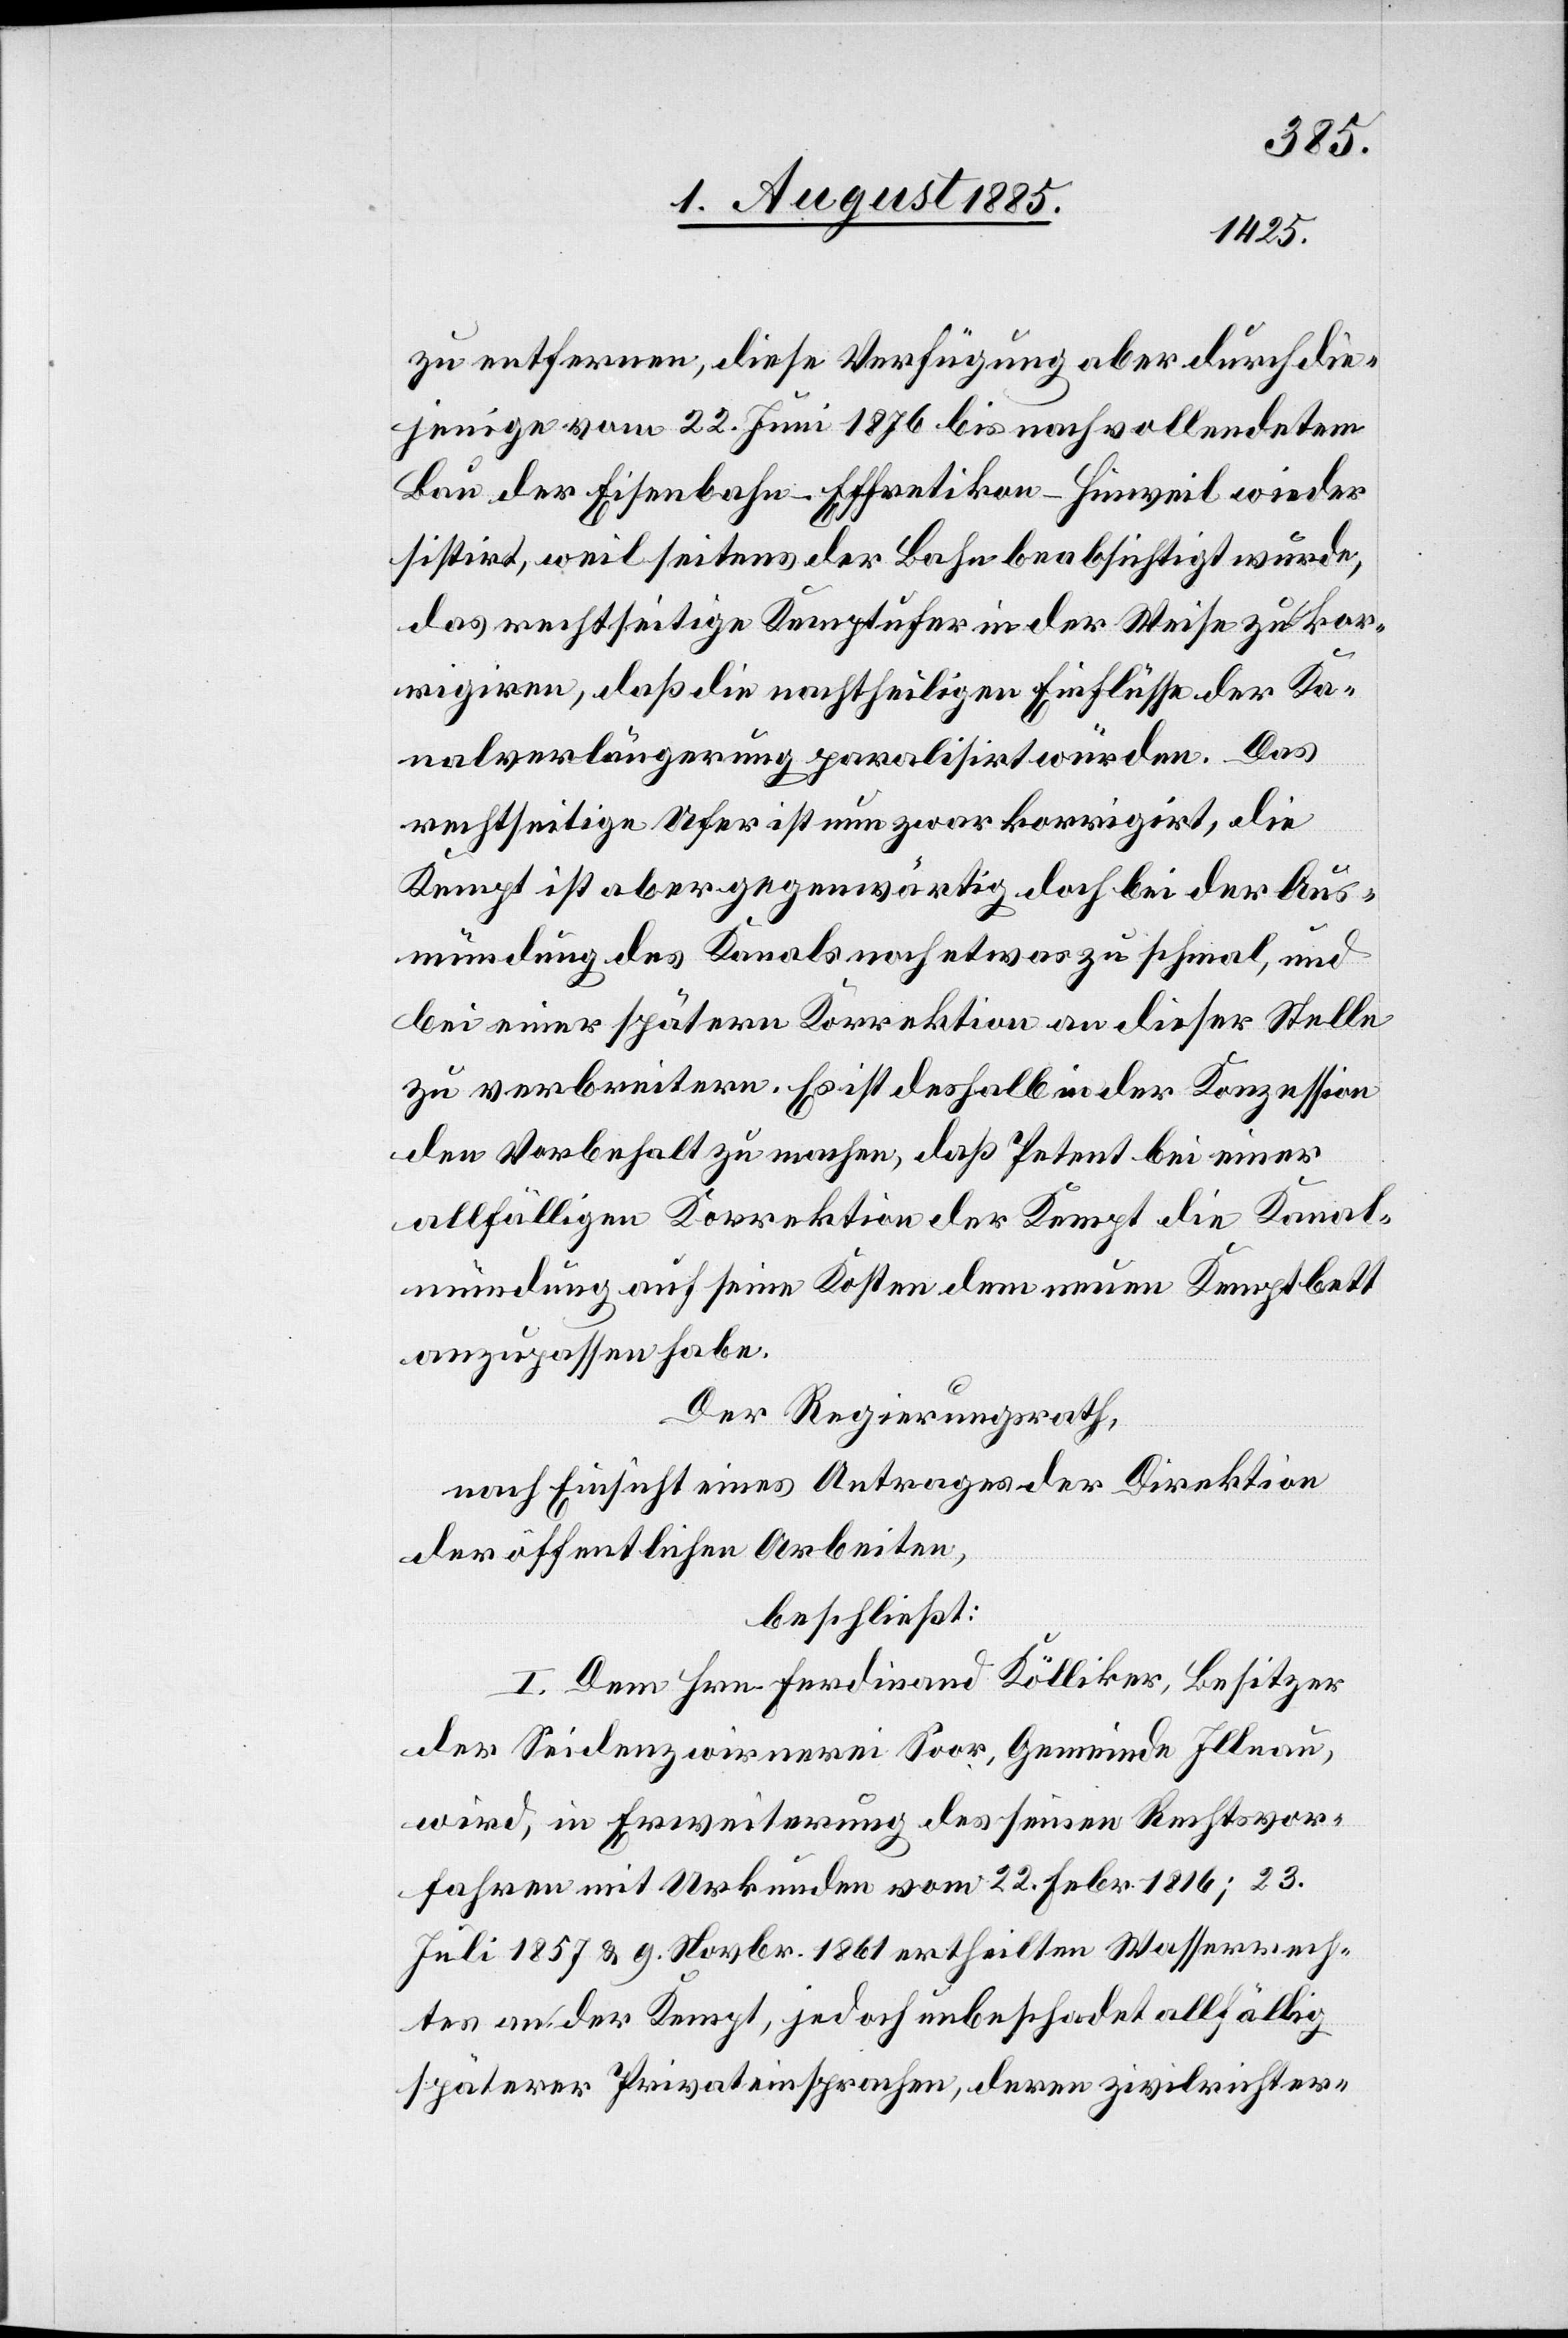
zu entfernen, diese Verfügung aber durch die¬
jenige vom 22. Juni 1876 bis nach vollendetem
Bau der Eisenbahn Effretikon–Hinweil wieder
sistirt, weil seitens der Bahn beabsichtigt wurde,
das rechtseitige Kemptufer in der Weise zu kor¬
rigiren, daß die nachtheiligen Einflüsse der Ka¬
nalverlängerung paralisirt würden. Das
rechtseitige Ufer ist nun zwar korrigirt, die
Kempt ist aber gegenwärtig doch bei der Aus¬
mündung des Kanals noch etwas zu schmal, und
bei einer spätern Korrektion an dieser Stelle
zu verbreitern. Es ist deshalb in der Konzession
den Vorbehalt zu machen, daß Petent bei einer
allfälligen Korrektion der Kempt die Kanal¬
mündung auf seine Kosten dem neuen Kemptbett
anzupassen habe.
Der Regierungsrath,
nach Einsicht eines Antrages der Direktion
der öffentlichen Arbeiten,
beschließt:
I. Dem Hrn. Ferdinand Kölliker, Besitzer
der Seidenzwirnerei Soor, Gemeinde Illnau,
wird, in Erweiterung des seinen Rechtsvor¬
fahren mit Urkunden vom 22. Febr. 1816; 23.
Juli 1857 & 9. Novbr. 1861 ertheilten Wasserrech¬
tes an der Kempt, jedoch unbeschadet allfällig
späterer Privateinsprachen, deren zivilrichter-